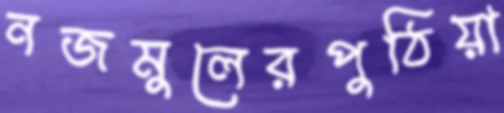
নজমুলেরপুঠিয়া